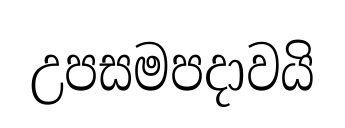
උපසමපදාවයි